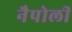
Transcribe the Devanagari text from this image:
नैपोली